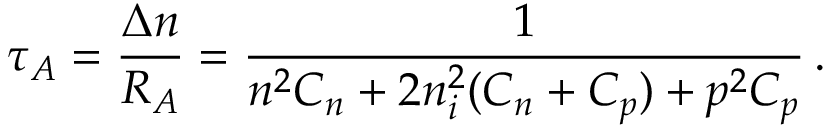
\tau _ { A } = { \frac { \Delta n } { R _ { A } } } = { \frac { 1 } { n ^ { 2 } C _ { n } + 2 n _ { i } ^ { 2 } ( C _ { n } + C _ { p } ) + p ^ { 2 } C _ { p } } } \, .